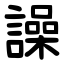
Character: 譟